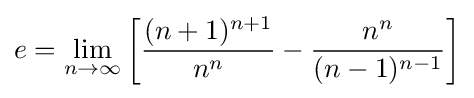
e=\lim _{n\to \infty }\left[{\frac {(n+1)^{n+1}}{n^{n}}}-{\frac {n^{n}}{(n-1)^{n-1}}}\right]